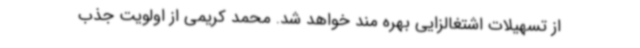
از تسهیلات اشتغالزایی بهره مند خواهد شد. محمد کریمی از اولویت جذب